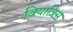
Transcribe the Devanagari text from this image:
वियात्रिस